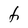
Character: t